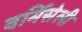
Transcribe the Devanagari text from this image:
वर्मिसेली